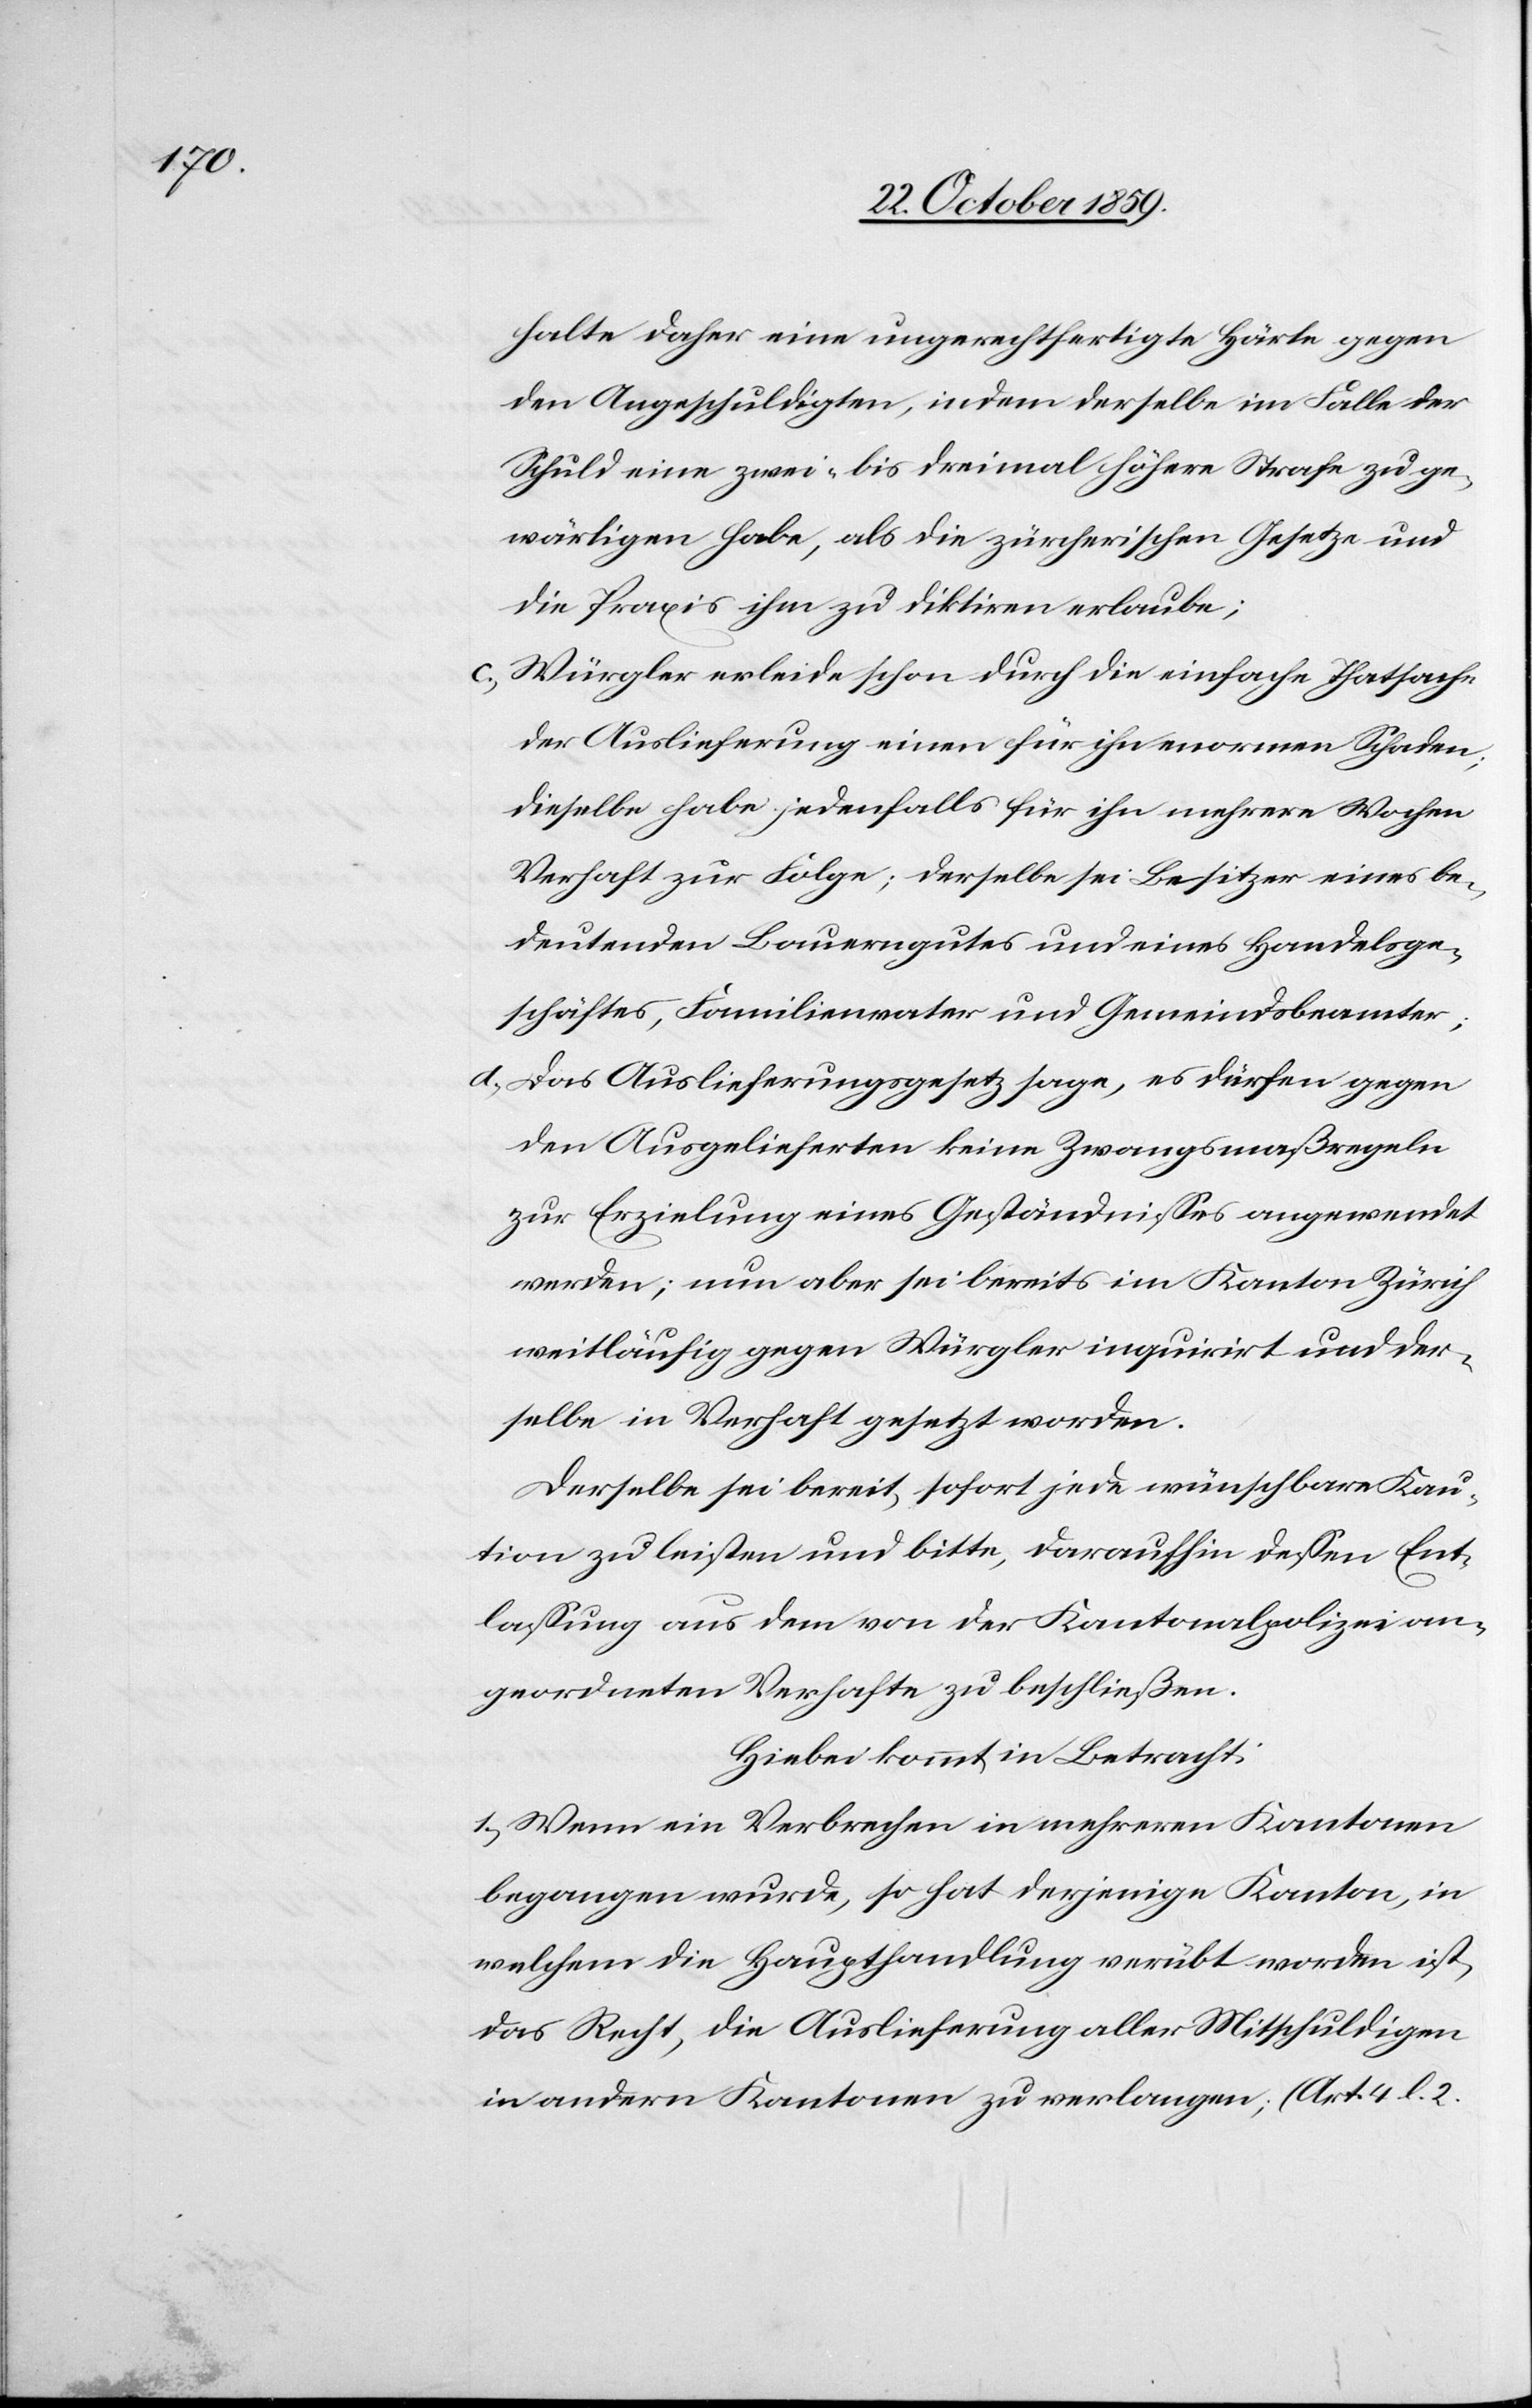
halte daher eine ungerechtfertigte Härte gegen
den Angeschuldigten, indem derselbe im Falle der
Schuld eine zwei- bis dreimal höhere Strafe zu ge¬
wärtigen habe, als die zürcherischen Gesetze und
die Praxis ihm zu diktiren erlaube;
c) Würgler erleide schon durch die einfache Thatsache
der Auslieferung einen für ihn enormen Schaden;
dieselbe habe jedenfalls für ihn mehrere Wochen
Verhaft zur Folge; derselbe sei Besitzer eines be¬
deutenden Bauerngutes und eines Handelsge¬
schäftes, Familienvater und Gemeindsbeamter;
d) Das Auslieferungsgesetz sage, es dürfen gegen
den Ausgelieferten keine Zwangsmaßregeln
zur Erzielung eines Geständnisses angewendet
werden; nun aber sei bereits im Kanton Zürich
weitläufig gegen Würgler inquirirt und der¬
selbe in Verhaft gesetzt worden.
Derselbe sei bereit, sofort jede wünschbare Kau¬
tion zu leisten und bitte, daraufhin dessen Ent¬
lassung aus dem von der Kantonalpolizei an¬
geordneten Verhafte zu beschließen.
Hiebei kommt in Betracht:
1.) Wenn ein Verbrechen in mehreren Kantonen
begangen wurde, so hat derjenige Kanton, in
welchem die Haupthandlung verübt worden ist,
das Recht, die Auslieferung aller Mitschuldigen
in andern Kantonen zu verlangen; (Art. 4. l. 2.